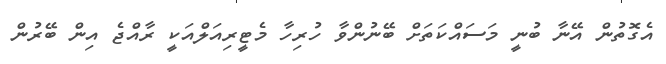
އެގޮތުން އޭނާ ބުނީ މަސައްކަތަށް ބޭނުންވާ ހުރިހާ މެޓީރިއަލްއަކީ ރާއްޖެ އިން ބޭރުން